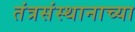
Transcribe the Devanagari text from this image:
तंत्रसंस्थानाच्या